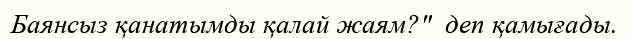
Баянсыз қанатымды қалай жаям?"  деп қамығады.